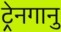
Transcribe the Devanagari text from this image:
ट्रेनगानु